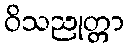
ဝိသညုတ္တာ